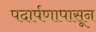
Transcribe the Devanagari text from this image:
पदार्पणापासून